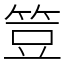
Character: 䇺